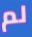
لم